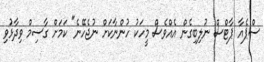
ސްޕެއާ ޕާޓްސް ނުލިބިގެން އެއްވެސް މީހަކު ހުންނާކަށް ނުޖެހޭނެ" ކަމަށް ގާސިމް ވިދާޅުވި